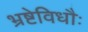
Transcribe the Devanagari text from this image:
भ्रष्टेविधौः